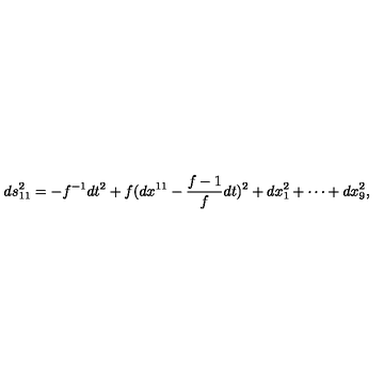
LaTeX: d s _ { 1 1 } ^ { 2 } = - f ^ { - 1 } d t ^ { 2 } + f ( d x ^ { 1 1 } - \frac { f - 1 } { f } d t ) ^ { 2 } + d x _ { 1 } ^ { 2 } + \cdots + d x _ { 9 } ^ { 2 } ,